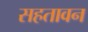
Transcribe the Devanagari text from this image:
सहतावन